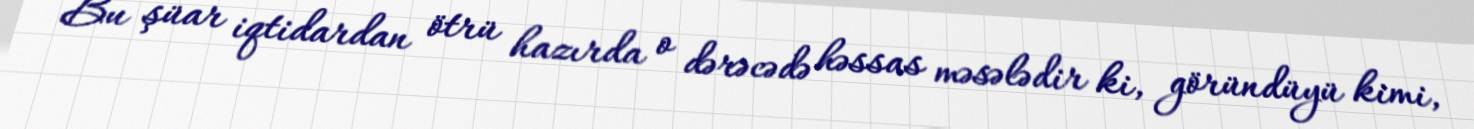
Bu şüar iqtidardan ötrü hazırda o dərəcədə həssas məsələdir ki, göründüyü kimi,